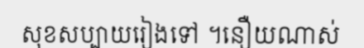
សុខសប្បាយរៀងទៅ ។នឿយណាស់